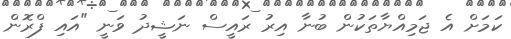
ކަމަށް އެ ޖަމިއްޔާތަކުން ބުނާ އިރު ރައީސް ނަޝީދު ވަނީ "އައި ފްރޮން